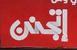
إتجنن